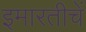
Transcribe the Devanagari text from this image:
इमारतीचें